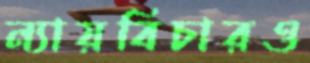
ন্যায়বিচারও